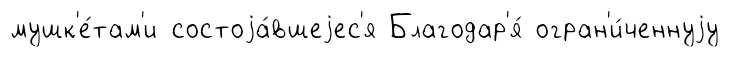
мушк'е́там'и состоjа́вшеjес'я Благодар'я́ огран'и́ченнуjу